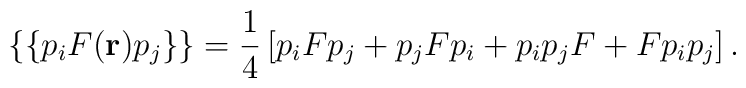
\{\{p_{i}F({\bf r})p_{j}\}\} = \frac{1}{4} \left[ p_{i}Fp_{j} + p_{j}Fp_{i}+ p_{i}p_{j}F + F p_{i}p_{j} \right].